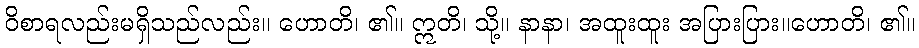
ဝိစာရလည်းမရှိသည်လည်း။ ဟောတိ၊ ၏။ ဣတိ၊ သို့။ နာနာ၊ အထူးထူး အပြားပြား။ဟောတိ၊ ၏။